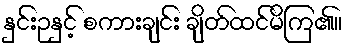
နှင်းဥနှင့် စကားချင်း ချိတ်ထင်မိကြ၏။